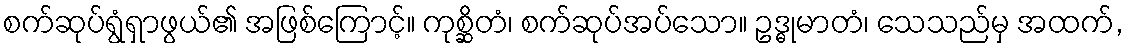
စက်ဆုပ်ရွံရှာဖွယ်၏ အဖြစ်ကြောင့်။ ကုစ္ဆိတံ၊ စက်ဆုပ်အပ်သော။ ဥဒ္ဓုမာတံ၊ သေသည်မှ အထက်,